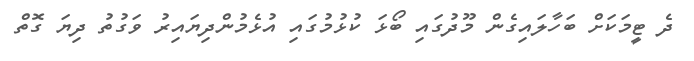
ދެ ޓީމަކަށް ބަހާލައިގެން މޫދުގައި ބޯޅަ ކުޅުމުގައި އުޅެމުންދިޔައިރު ވަގުތު ދިޔަ ގޮތް